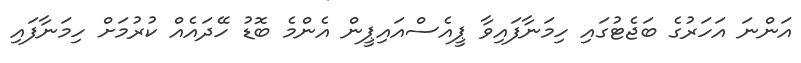
އަންނަ އަހަރުގެ ބަޖެޓުގައި ހިމަނާފައިވާ ޕީއެސްއައިޕީން އެންމެ ބޮޑު ހޭދައެއް ކުރުމަށް ހިމަނާފައި